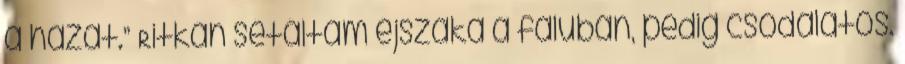
a házat.” Ritkán sétáltam éjszaka a faluban, pedig csodálatos.